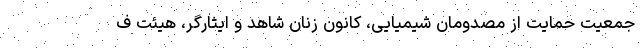
جمعیت حمایت از مصدومان شیمیایی، کانون زنان شاهد و ایثارگر، هیئت ف